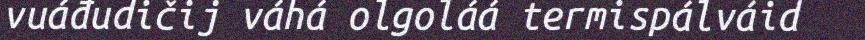
vuáđudičij váhá olgoláá termispálváid